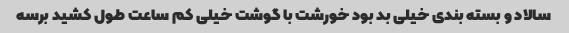
سالاد و بسته بندی خیلی بد بود‌ خورشت با گوشت خیلی کم ساعت طول کشید برسه